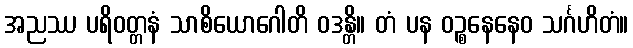
အညဿ ပရိဝတ္တနံ သာစိယောဂေါတိ ဝဒန္တိ။ တံ ပန ဝဉ္စနေနေဝ သင်္ဂဟိတံ။